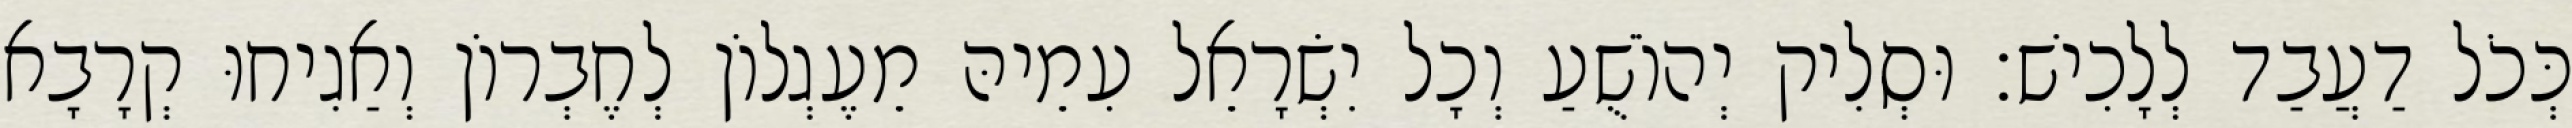
כְּכֹל דַעֲבַד לְלָכִישׁ׃ וּסְלִיק יְהוֹשֻׁעַ וְכָל יִשְׂרָאֵל עִמֵיהּ מֵעֶגְלוֹן לְחֶבְרוֹן וְאַגִיחוּ קְרָבָא